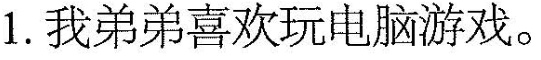
1.我弟弟喜欢玩电脑游戏。